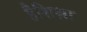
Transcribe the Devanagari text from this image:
हैशिक्षा